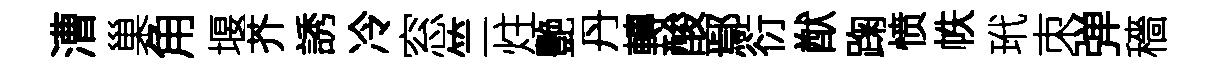
漕巢角堰芥誘冷窓竺炷艷丹轉酸鄢衍猷踘愤帙玳朿弹穡